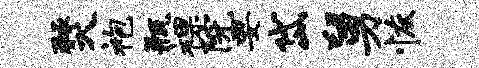
燹袍瓶裸院要岱舅恢